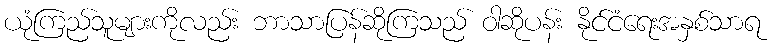
ယုံကြည်သူများကိုလည်း ဘာသာပြန်ဆိုကြသည် ဝါဆိုပန်း နိုင်ငံရေးအနှစ်သာရ